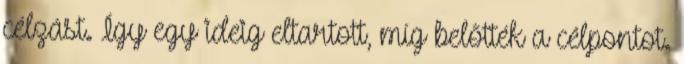
célzást. Így egy ideig eltartott, míg belőtték a célpontot.